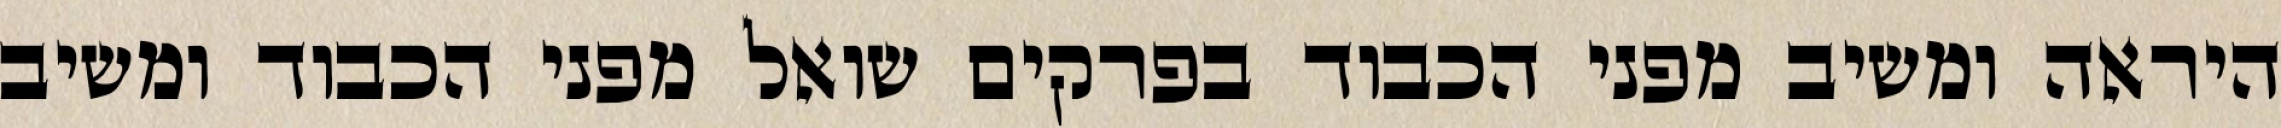
היראה ומשיב מפני הכבוד בפרקים שואל מפני הכבוד ומשיב